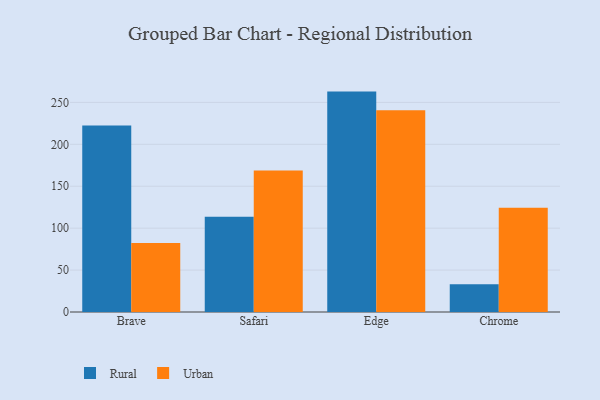
{"axis": {"x": "Browser", "y": "Population (Million)"}, "legend": ["Rural", "Urban"], "data": [{"x": "Brave", "y": 222.4, "type": "Rural"}, {"x": "Brave", "y": 82.2, "type": "Urban"}, {"x": "Safari", "y": 113.7, "type": "Rural"}, {"x": "Safari", "y": 168.8, "type": "Urban"}, {"x": "Edge", "y": 262.9, "type": "Rural"}, {"x": "Edge", "y": 240.7, "type": "Urban"}, {"x": "Chrome", "y": 33.1, "type": "Rural"}, {"x": "Chrome", "y": 124.4, "type": "Urban"}]}